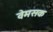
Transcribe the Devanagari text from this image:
वेमसक